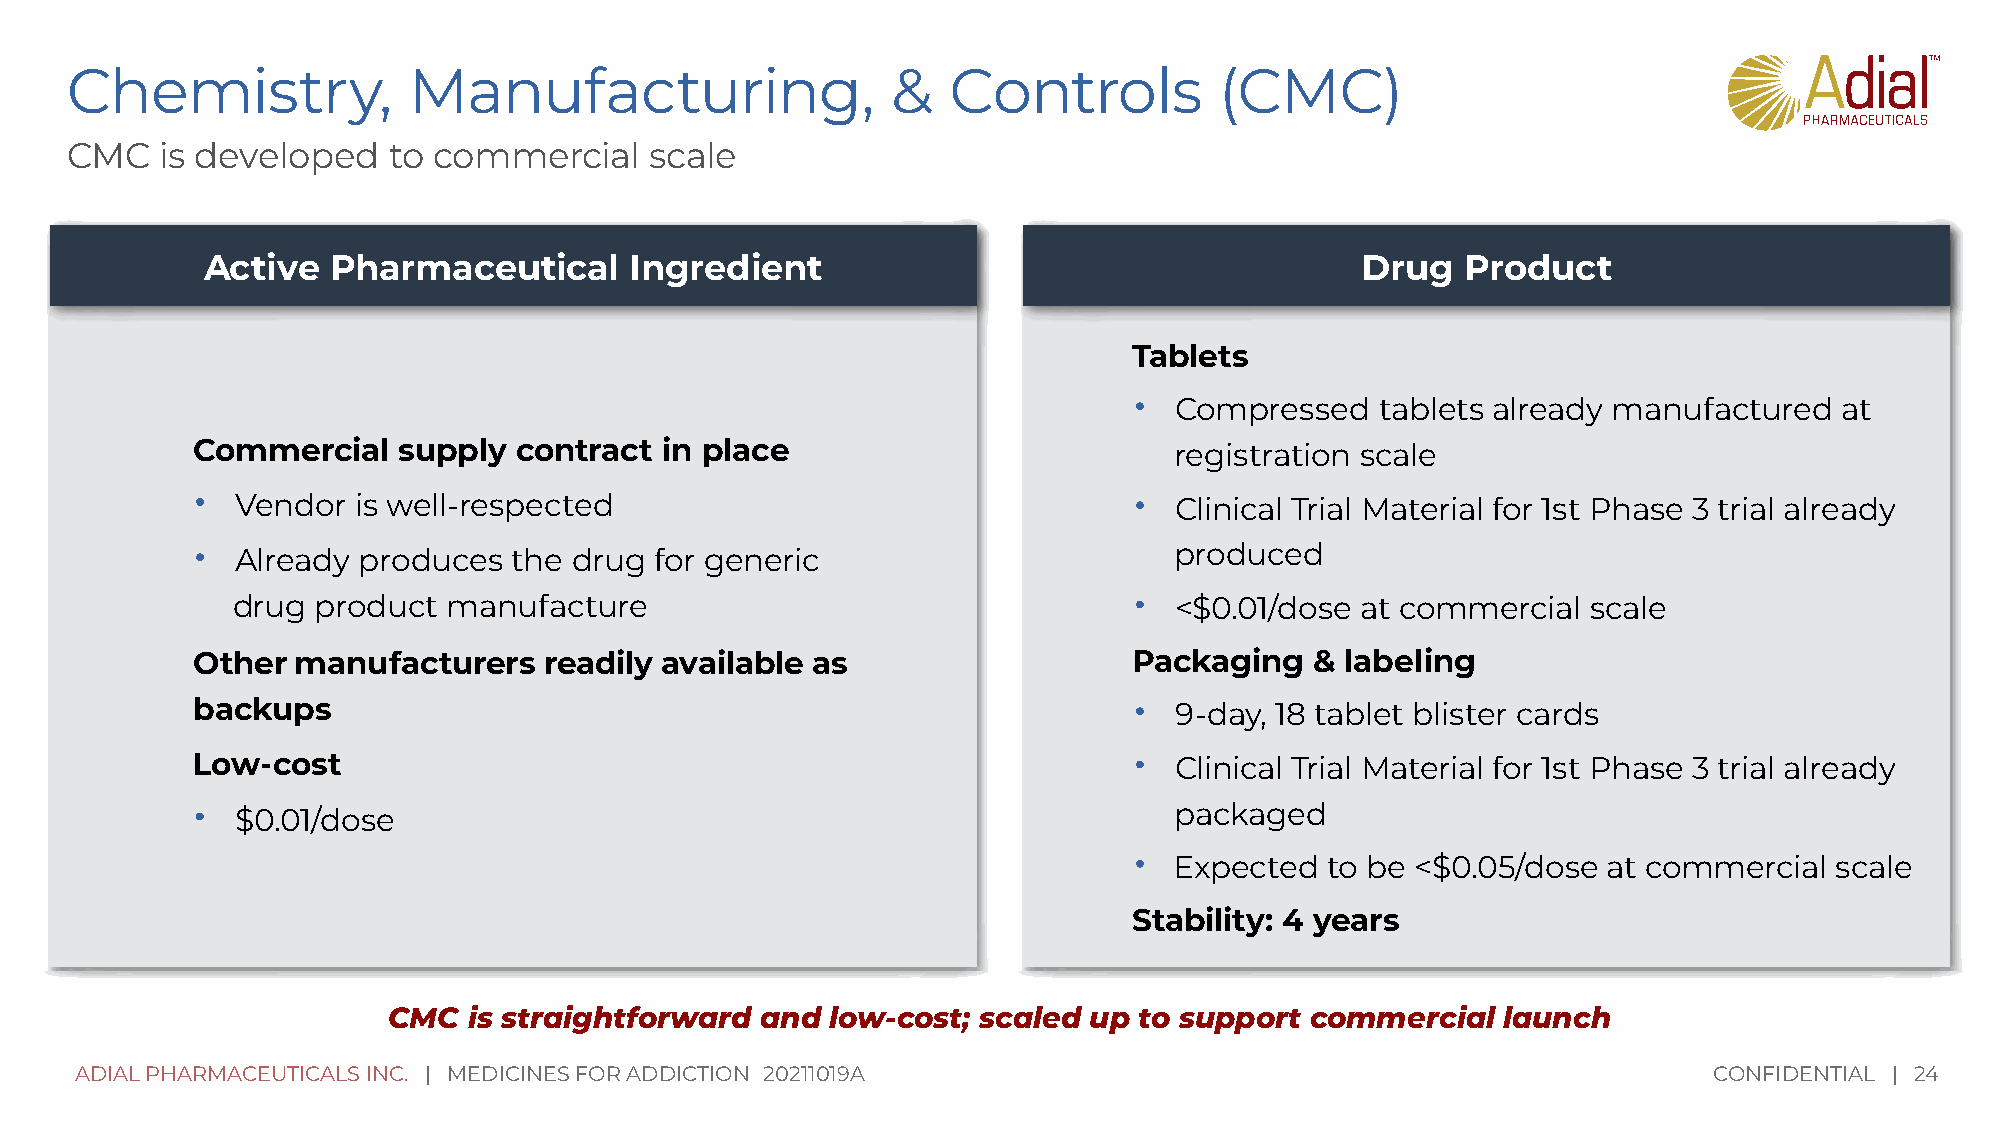
Chemistry,             Manufacturing,                  &   Controls          (CMC)
 CMC    is developed   to commercial    scale
 Active   Pharmaceutical      Ingredient                                      Drug   Product
 Tablets
 •
 Compressed   tablets already manufactured   at
 Commercial   supply  contract  in place                          registration scale
 •                                                             •
 Vendor  is well-respected                                     Clinical Trial Material for 1st Phase 3 trial already
 •
 Already produces  the drug for generic                        produced
 •
 drug  product  manufacture                                     <$0.01/dose at commercial  scale
 Other  manufacturers   readily available as                   Packaging   & labeling
 •
 backups                                                          9-day, 18 tablet blister cards
 •
 Low-cost                                                         Clinical Trial Material for 1st Phase 3 trial already
 •
 $0.01/dose                                                    packaged
 •
 Expected  to be <$0.05/dose at commercial  scale
 Stability: 4 years
 CMC  is straightforward and  low-cost; scaled up to support  commercial   launch
 ADIAL PHARMACEUTICALS INC. | MEDICINES FOR ADDICTION 20211019A                                              CONFIDENTIAL | 24